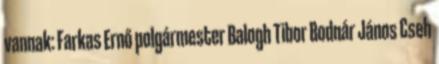
vannak: Farkas Ernő polgármester Balogh Tibor Bodnár János Cseh